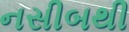
નસીબથી